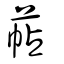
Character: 萜